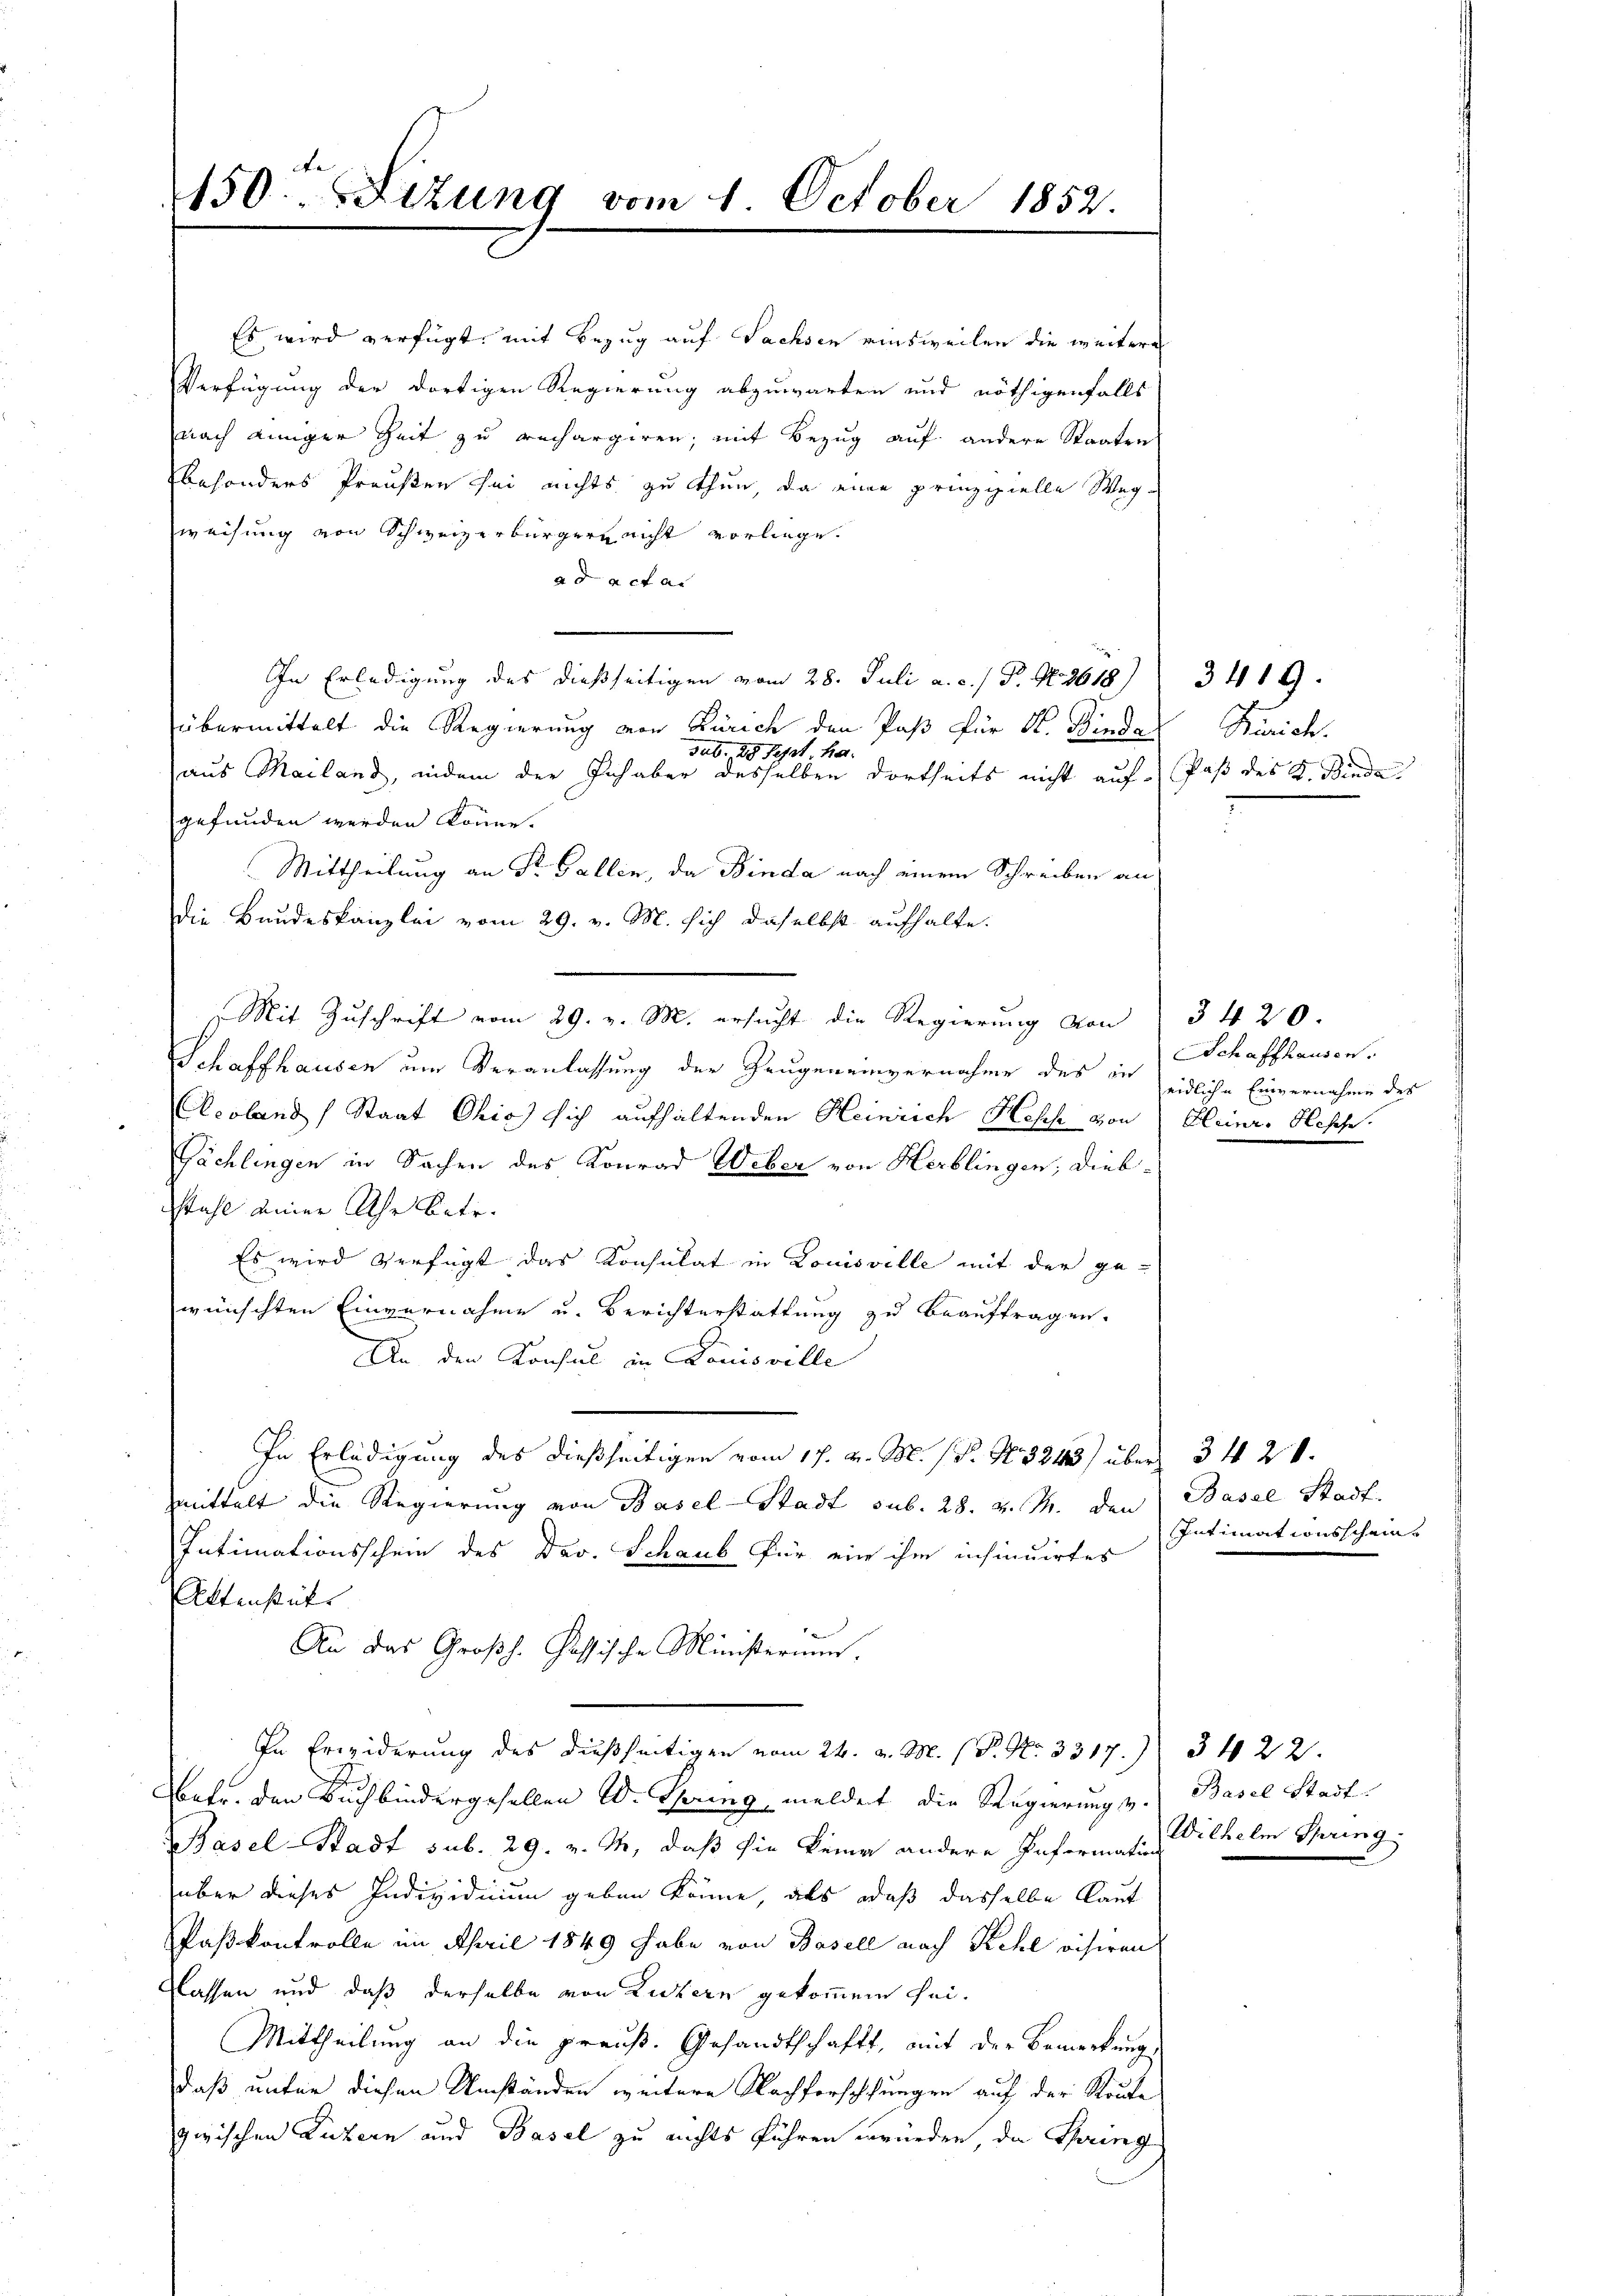
150. Situng vom 1. October 1852.

Es wird verfügt, mit Bezug auf Sachsen einsweilen die weitere
Verfügung der dortigen Regierung abzuwarten und nöthigenfalls
nach einiger Zeit zu rechargiren, mit Bezug auf andere Staaten
besonders Preußen sei nichts zu thun, da eine prinzipielle Weg-
weisung von Schweizerbürgern nicht vorliege.
ad acta
In Erledigung des dießseitigen vom 28. Juli a. c. / P. N. 3618)
übermittelt die Regierung von Zürich den Paß für St. Binder
sub. 28 Sept, ha
aus Mailand, indem der Inhaber desselben dortheits nicht auf Paß des K. Binde
gefunden werden könne.
Mittheilung an Dr. Gallin, da Binda nach einem Schreiben an
Die Bundeskanzlei vom 29. v. M. sich daselbst aufhalte.
 Mit Zŭschrift vom 29. v. M. ersŭcht die Regierŭng von 3420.
Schaffhausen um Veranlassung der Zeugen einvernahme des in Schaffhausen.
Acoland (Staat Ohio sich aufhaltenden Heinrich Hesse von Heinr. Hesch.
Gächlingen in Sachen des Konrad Weber von Herblingen, Dieb¬
Stahl einer Uhr betr.
Es wird verfügt das Konsulat in Louisville mit der gewünschten Einvernahme u. Berichterstattung zu beauftragen.
An den Konsul in Louisville
In Erledigung des dießseitigen vom 17. v. M. P. Nr. 3243) übermittelt die Regierung von Basel-Stadt sub. 28. v. M. den
Intimationsschein des Dav. Schaub für ein ihm insinuirtes
Aktenstüks
An das Großh. Passische Ministerium.
In Erwiderung des dießseitigen vom 24. d. M. P. Nr. 3317.
Betr. den Buchbindergesellen W. Thering meldet die Regierung v.
Basel-Stadt sub. 29. v. M., daß sie keine andere Informatin Wilhelm Thring
über dieses Individium geben könne, als daß dasselbe laut
Paskontrolle im April 1849 habe von Basell nach Kehl visiren
Classen und daß derselbe von Zuckern gekommen sei¬
Mittheilung an die preuß. Gesandtschaft, mit der Bemerkung
daß unter diesen Umständen weitere Nachforschungen auf der Route
zwischen Luzern und Basel zu nichts führen würden, da Spring

Kirich.

eidliche Einvernahme des

3420.
Basel Stadt.
Intimationsschein

3422.
Basel Stadt.

3419.